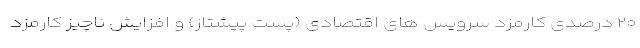
۲۰ درصدی کارمزد سرویس های اقتصادی (پست پیشتاز) و افزایش ناچیز کارمزد